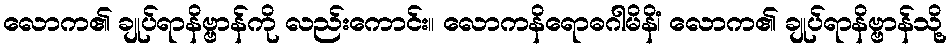
လောက၏ ချုပ်ရာနိဗ္ဗာန်ကို လည်းကောင်း။ လောကနိရောဓဂါမိနိံ၊ လောက၏ ချုပ်ရာနိဗ္ဗာန်သို့